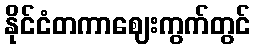
နိုင်ငံတကာဈေးကွက်တွင်